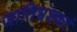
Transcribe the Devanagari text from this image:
जातिभ्रंशकरं